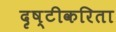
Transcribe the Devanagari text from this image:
दृष्टीकरिता